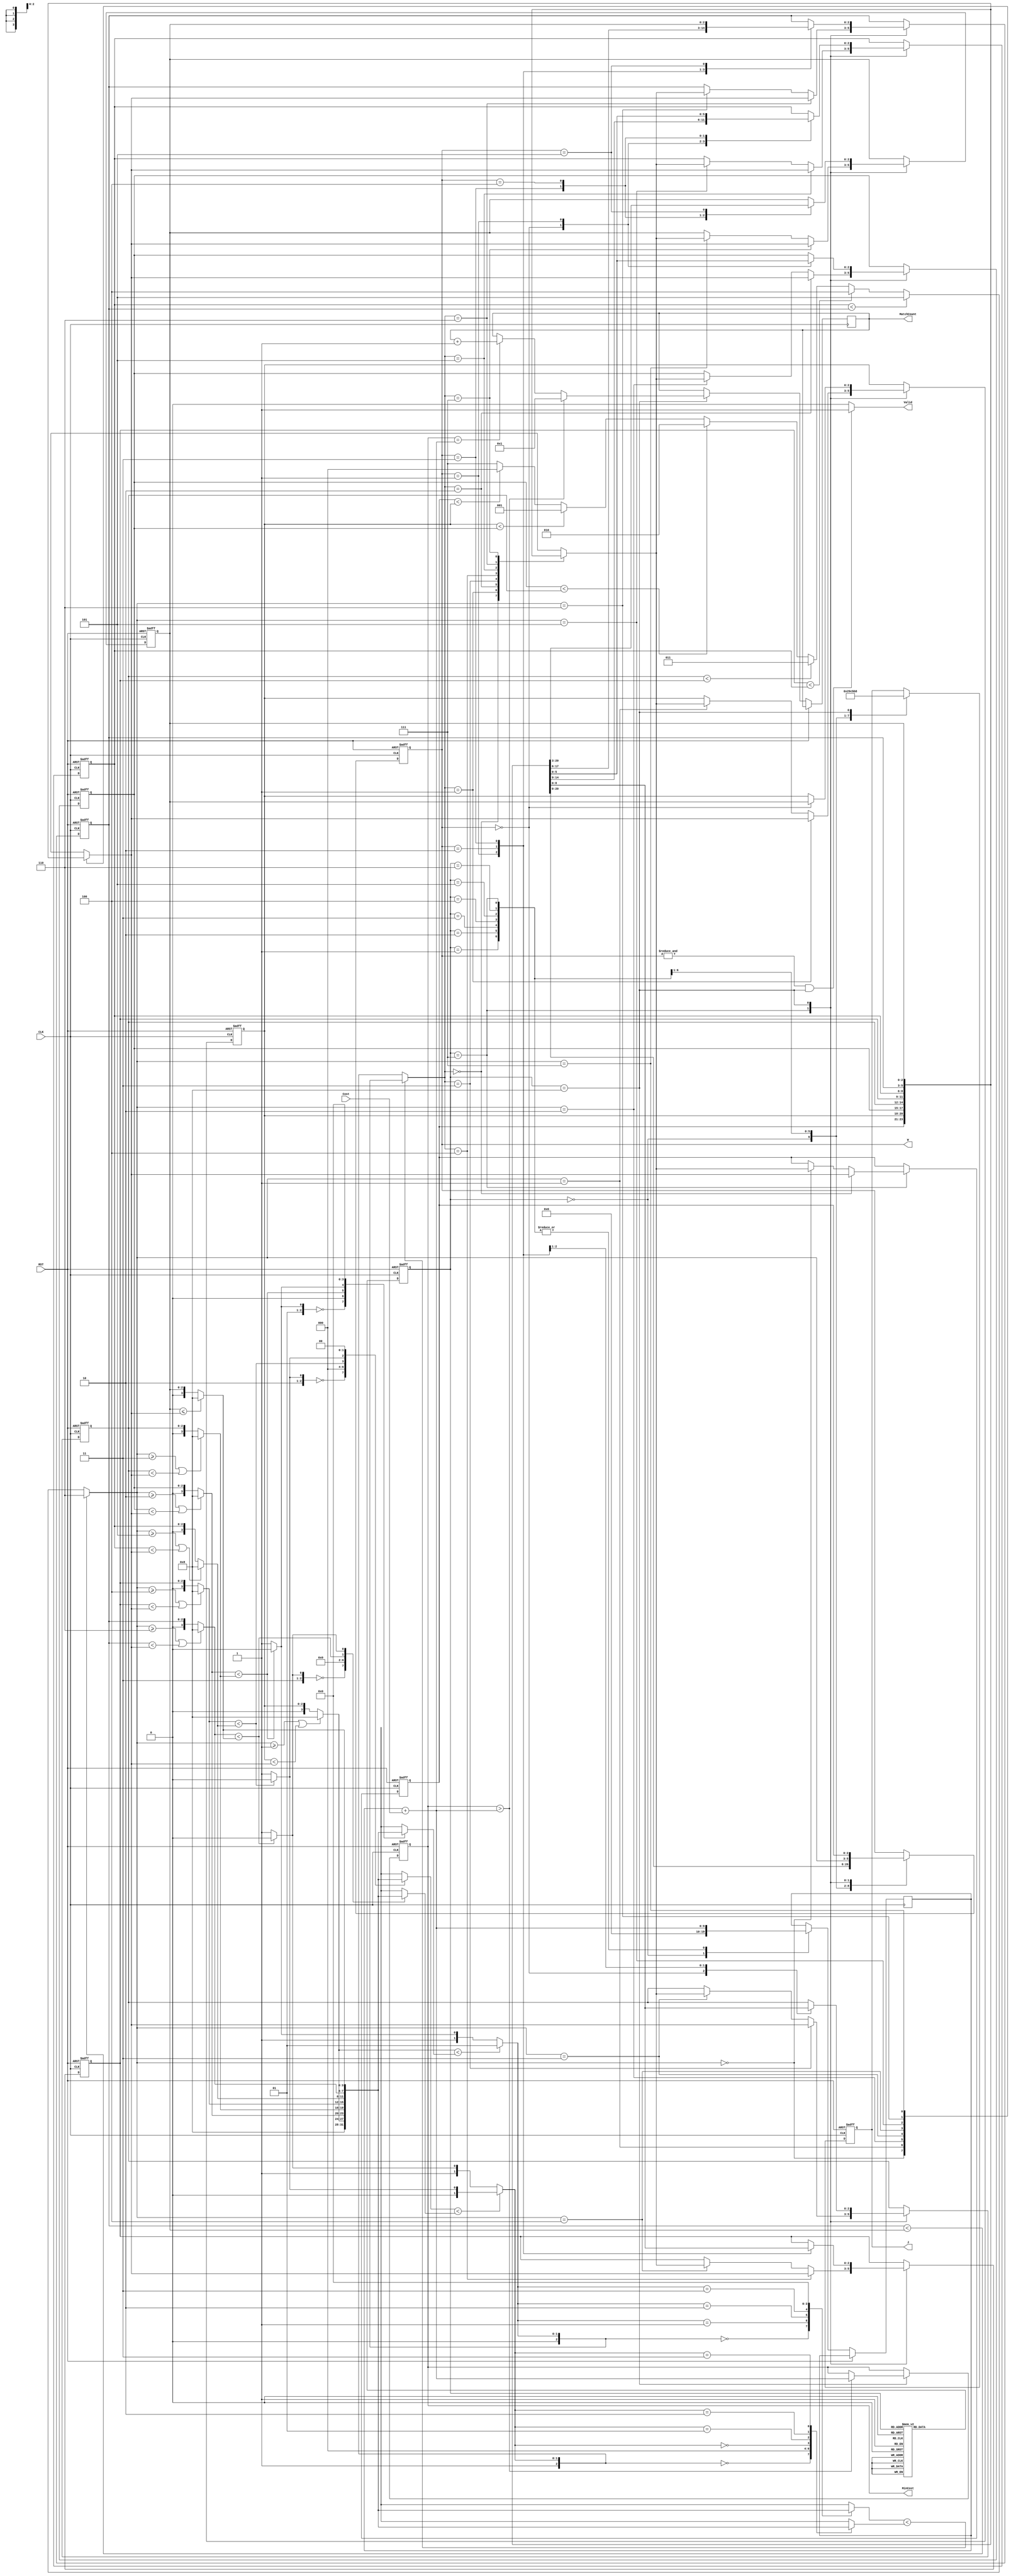
module JAM (
input CLK,
input RST,
output reg [2:0] W,
output reg [2:0] J,
input [6:0] Cost,
output reg [3:0] MatchCount,
output reg [9:0] MinCost,
output Valid );

reg [2:0] a [7:0];
reg [3:0] state,next_state;
reg [2:0] swap;

reg [9:0] cost_all;//1024


wire [3:0] b [7:0];

wire [2:0] position [5:0];

wire [9:0] cost_plus_Cost;
assign cost_plus_Cost = cost_all + Cost;

assign b[0] = 8;
assign b[1] = swap>=1||a[1]<a[swap] ? 8 : a[1];
assign b[2] = swap>=2||a[2]<a[swap] ? 8 : a[2];
assign b[3] = swap>=3||a[3]<a[swap] ? 8 : a[3];
assign b[4] = swap>=4||a[4]<a[swap] ? 8 : a[4];
assign b[5] = swap>=5||a[5]<a[swap] ? 8 : a[5];
assign b[6] = swap>=6||a[6]<a[swap] ? 8 : a[6];
assign b[7] = a[7]<=a[swap] ? 8 : a[7];

assign position[0] = b[2]<b[3] ? 2:3;
assign position[1] = b[4]<b[5] ? 4:5;
assign position[2] = b[6]<b[7] ? 6:7;
assign position[3] = b[1]<b[position[0]] ? 1:position[0];
assign position[4] = b[position[1]]<b[position[2]] ? position[1]:position[2];
assign position[5] = b[position[3]]<b[position[4]] ? position[3]:position[4];

always@(*) begin
	if(a[6]<a[7]) begin
		swap = 6;
	end
	else if(a[5]<a[6]) begin
		swap = 5;
	end
	else if(a[4]<a[5]) begin
		swap = 4;
	end
	else if(a[3]<a[4]) begin
		swap = 3;
	end
	else if(a[2]<a[3]) begin
		swap = 2;
	end
	else if(a[1]<a[2]) begin
		swap = 1;
	end
	else if(a[0]<a[1]) begin
		swap = 0;
	end
	else begin
		swap = 7;
	end
end

assign Valid = (&W && state ==8 )?1'b1:0;

always@(*) begin
	next_state = 4'dx;
	case (state)
		0 : next_state = 1;
		1 : next_state = 2;
		2 : next_state = 3;
		3 : next_state = 4;
		4 : next_state = 5;
		5 : next_state = 6;
		6 : next_state = 7;
		7 : next_state = 8;
		8 : next_state = 0;
	endcase
end

always@(posedge CLK or posedge RST) begin
	if(RST) state <= 0;
	else state <= next_state;
end

always@(posedge CLK or posedge RST) begin
	if(RST) begin
		a[0] <= 0;
		a[1] <= 1;
		a[2] <= 2;
		a[3] <= 3;
		a[4] <= 4;
		a[5] <= 5;
		a[6] <= 6;
		a[7] <= 7;
		MinCost <= 10'b1111111111;
		W <= 0;
		J <= 0;
	end
	else begin
		case(state)
		//
			0: begin
				W <= a[1];
				J <= 1;
				cost_all <= 0;
			end
			1: begin
				W <= a[2];
				J <= 2;
				cost_all <= cost_plus_Cost;
			end
			2: begin
				W <= a[3];
				J <= 3;
				cost_all <= cost_plus_Cost;
			end
			3: begin
				W <= a[4];
				J <= 4;
				cost_all <= cost_plus_Cost;
			end
			4: begin
				W <= a[5];
				J <= 5;
				cost_all <= cost_plus_Cost;
			end
			5: begin
				W <= a[6];
				J <= 6;
				cost_all <= cost_plus_Cost;
			end
			6: begin
				W <= a[7];
				J <= 7;
				cost_all <= cost_plus_Cost;
			end
			7: begin
				cost_all <= cost_plus_Cost;
				a[swap] <= a[position[5]];
				a[position[5]] <= a[swap];
				W <= swap;
			end
			8:begin
				if(MinCost > cost_plus_Cost) begin
					MinCost <= cost_plus_Cost;
					MatchCount <= 1;
				end
				else if (MinCost == cost_plus_Cost) begin
					MatchCount <= MatchCount + 1;
				end
				
				case(W)
					0: begin
						a[1] <= a[7];
						a[2] <= a[6];
						a[3] <= a[5];
						a[4] <= a[4];
						a[5] <= a[3];
						a[6] <= a[2];
						a[7] <= a[1];
					end
					1: begin
						a[2] <= a[7];
						a[3] <= a[6];
						a[4] <= a[5];
						a[5] <= a[4];
						a[6] <= a[3];
						a[7] <= a[2];
					end
					2: begin
						a[3] <= a[7];
						a[4] <= a[6];
						a[6] <= a[4];
						a[7] <= a[3];
					end
					3: begin
						a[4] <= a[7];
						a[5] <= a[6];
						a[6] <= a[5];
						a[7] <= a[4];
					end
					4: begin
						a[5] <= a[7];
						a[7] <= a[5];
					end
					5: begin
						a[6] <= a[7];
						a[7] <= a[6];
					end
				endcase
				W <= a[0];
				J <= 0;
			end
		endcase
	end
end

endmodule